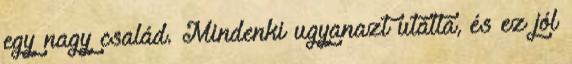
egy nagy család. Mindenki ugyanazt utálta, és ez jól